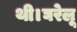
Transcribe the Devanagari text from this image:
थी।घरेलू